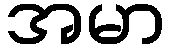
အမာ